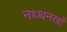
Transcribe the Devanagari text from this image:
नथ्थनखाँ